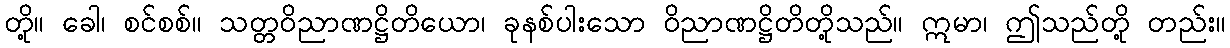
တို့။ ခေါ၊ စင်စစ်။ သတ္တဝိညာဏဋ္ဌိတိယော၊ ခုနစ်ပါးသော ဝိညာဏဋ္ဌိတိတို့သည်။ ဣမာ၊ ဤသည်တို့ တည်း။